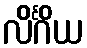
လိင်္ဂိယ